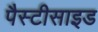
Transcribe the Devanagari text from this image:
पैस्टीसाइड